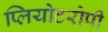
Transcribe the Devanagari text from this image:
प्लियोटरोपी